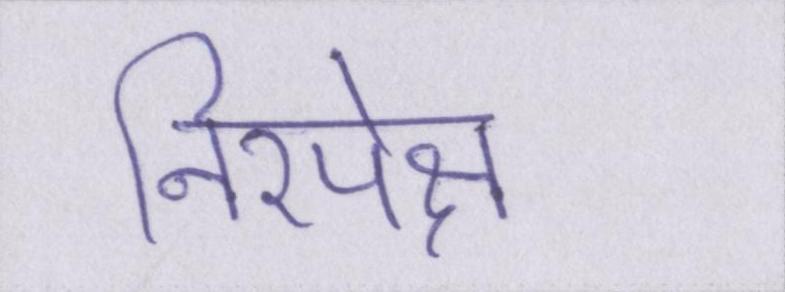
निरपेक्ष